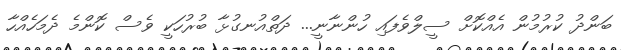
ބަންދު ކުރުމުން އެއްކޮށް ސީލްވެފައި ހުންނާނީ... ދަތްއުނގުޅާ ބުރުހަކީ ވެސް ކޮންމެ ދެމަހެއްހާ